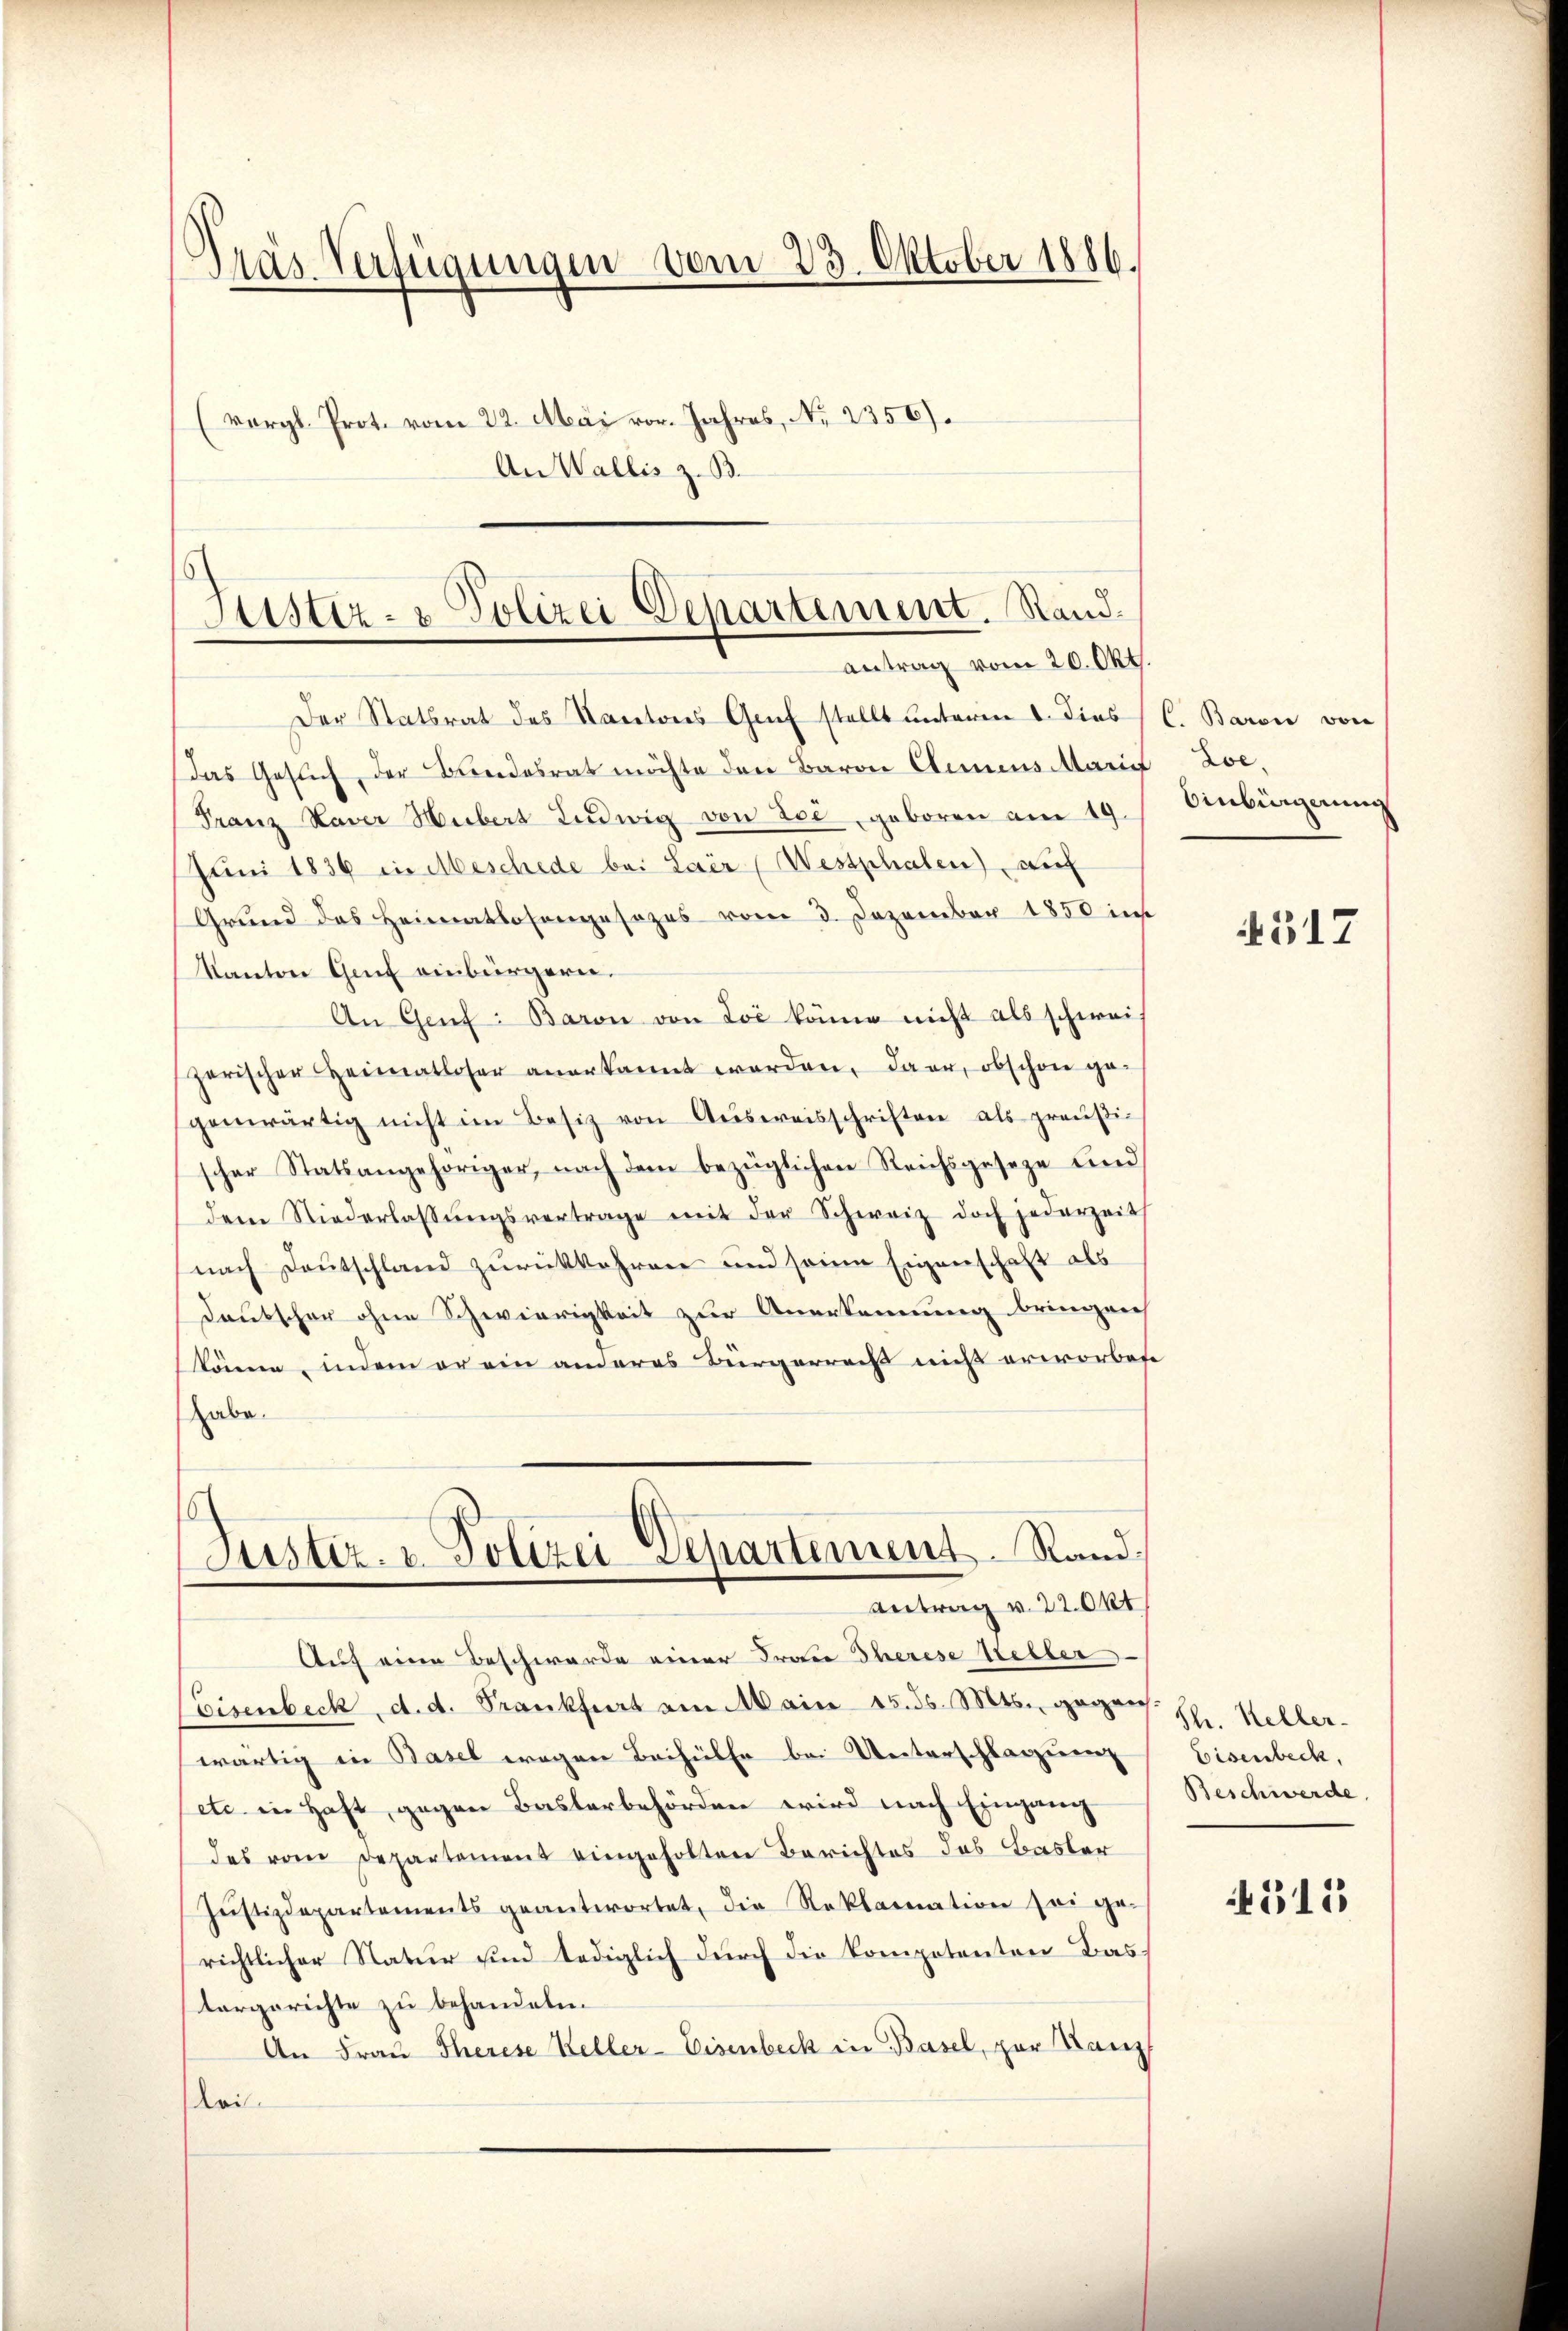
Pras Verfügungen vom 23. Oktober 1886.
vergl. Prot. vom 22. Mai vor. Jahres, No 2356).
An Wallis z. B.

Justiz- & Polizei Departement. Stand.
antrag vom 20. Okt.

Der Statsrat des Kantons Graf stellt unterm 2. dies C. Baron von
Das Gesuch der Bundesrat möchte den Baron Elemens Marief Zoe,
Franz Xaver Hubert Ludwig von Ese, geboren am 19. Aubigerung
Juni 1836 in Mbeschede bei Lair (Westphalen) auf
Grund des Heimatlosengesezes vom 3. Dezember 1850 int
Kanton Genf einbürgern.
An Genf: Baron von Loi könne nicht als schwei
zerischer Heimatloser anerkannt werden, dar, obschon ge-
genwärtig nicht im Besiz von Aŭsweisschriften als preußischer Statsangehöriger, nach dem bezüglichen Reichsgeseze und
dem Niederlassŭngsvertrage mit der Schweiz doch jederzeit
nach Deutschland zurückkehren und seine Eigenschaft als
Deutscher ohne Schwierigkeit zur Anerkennung bringen
könne, indem er ein anderes Bürgerreiß nicht erworbene
habe.
Justiz- u. Polizei Departement Rand
Antrag v. 22. Okt.
Auf eine Beschwerde einer Frau Therese Keller
Eisenbeck, d. d. Frankfurt am Main 15. d. Mts. gegen. Sr. Keller-
wärtig in Basel wegen Beihülfe bei Unterschlagung
etc in Haft gegen Baslerbehörden wird nach Eingang Beschwerde,
des vom Departement eingeholten Berichtes das Basler
Jŭstizdepartements geantwortet, die Reklamation sei ge-
richtlicher Natur sind lediglich durch die Kompotenten das
torgerichte zu behandeln.
An Frau Therese Keller-Eisenbeck in Basel, zur Kanzl
lei¬

517

Eisenbeck,

4515